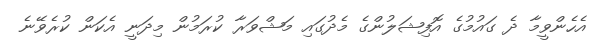
އެހެންވީމާ ދެ ގައުމުގެ އޮފިޝަލުންގެ މެދުގައި މަޝްވަރާ ކުރަމުން މިދަނީ އެކަން ކުރެވޭނެ